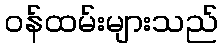
ဝန်ထမ်းများသည်